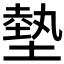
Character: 𫮛